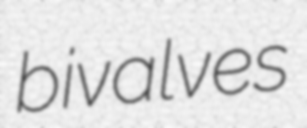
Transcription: bivalves